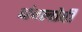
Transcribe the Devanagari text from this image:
बंग्लोरी